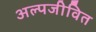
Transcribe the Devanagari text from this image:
अल्पजीवित